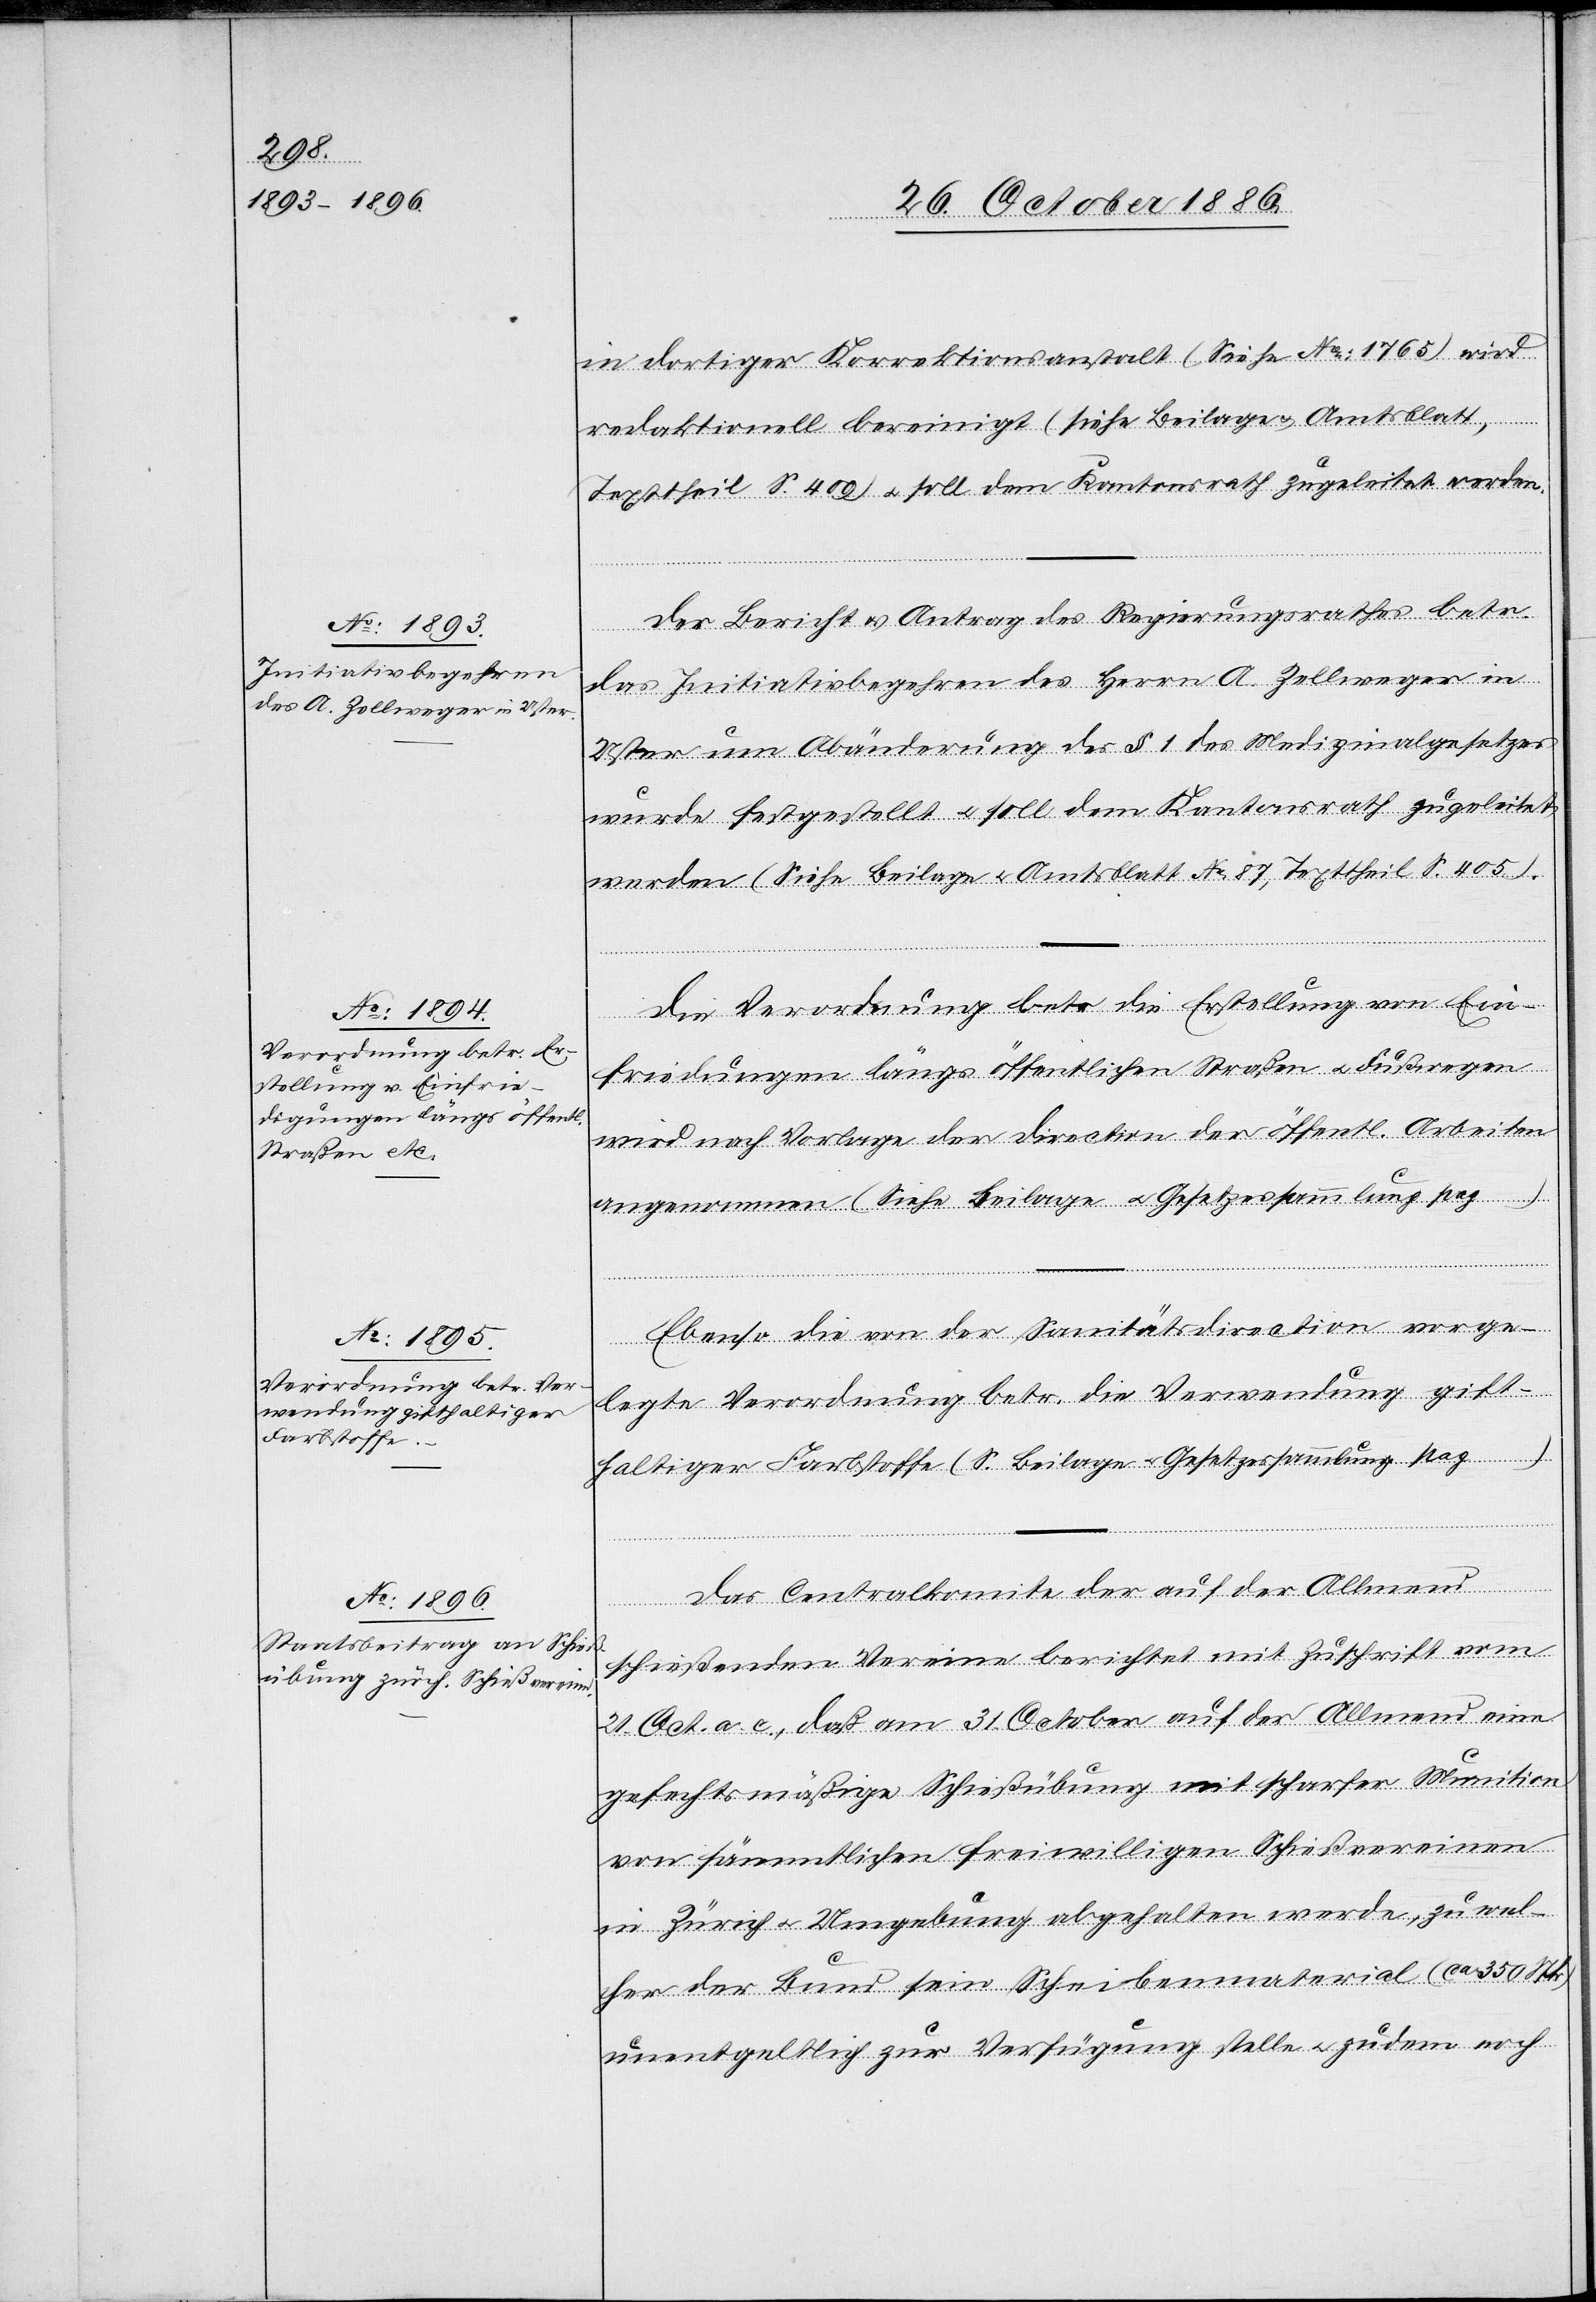
in dortiger Korrektionsanstalt (Siehe No: 1765) wird
redaktionell bereinigt (siehe Beilage & Amtsblatt,
Texttheil S. 409) & soll dem Kantonsrath zugeleitet werden.
Der Bericht & Antrag des Regierungsrathes betr.
das Initiativbegehren des Herrn A. Zellweger in
Uster um Abänderung des § 1 des Medizinalgesetzes
wurde festgestellt & soll dem Kantonsrath zugeleitet
werden (Siehe Beilage & Amtsblatt No: 87, Texttheil S. 405).
Die Verordnung betr. die Erstellung von Ein¬
friedungen längs öffentlichen Straßen & Fußwegen
wird nach Vorlage der Direction der öffentl. Arbeiten
angenommen (Siehe Beilage & Gesetzessammlung pag. …)
Ebenso die von der Sanitätsdirection vorge¬
legte Verordnung betr. die Verwendung gift¬
haltiger Farbstoffe (S. Beilage & Gesetzessammlung pag. …)
Das Centralkomite der auf der Allmend
schießenden Vereine berichtet mit Zuschrift vom
21. Oct. a. c., daß am 31. October auf der Allmend eine
gefechtsmäßige Schießübung mit scharfer Munition
von sämmtlichen freiwilligen Schießvereinen
in Zürich & Umgebung abgehalten werde, zu wel¬
cher der Bund sein Scheibenmaterial (ca 350 Stk.)
unentgeltlich zur Verfügung stelle & zudem noch